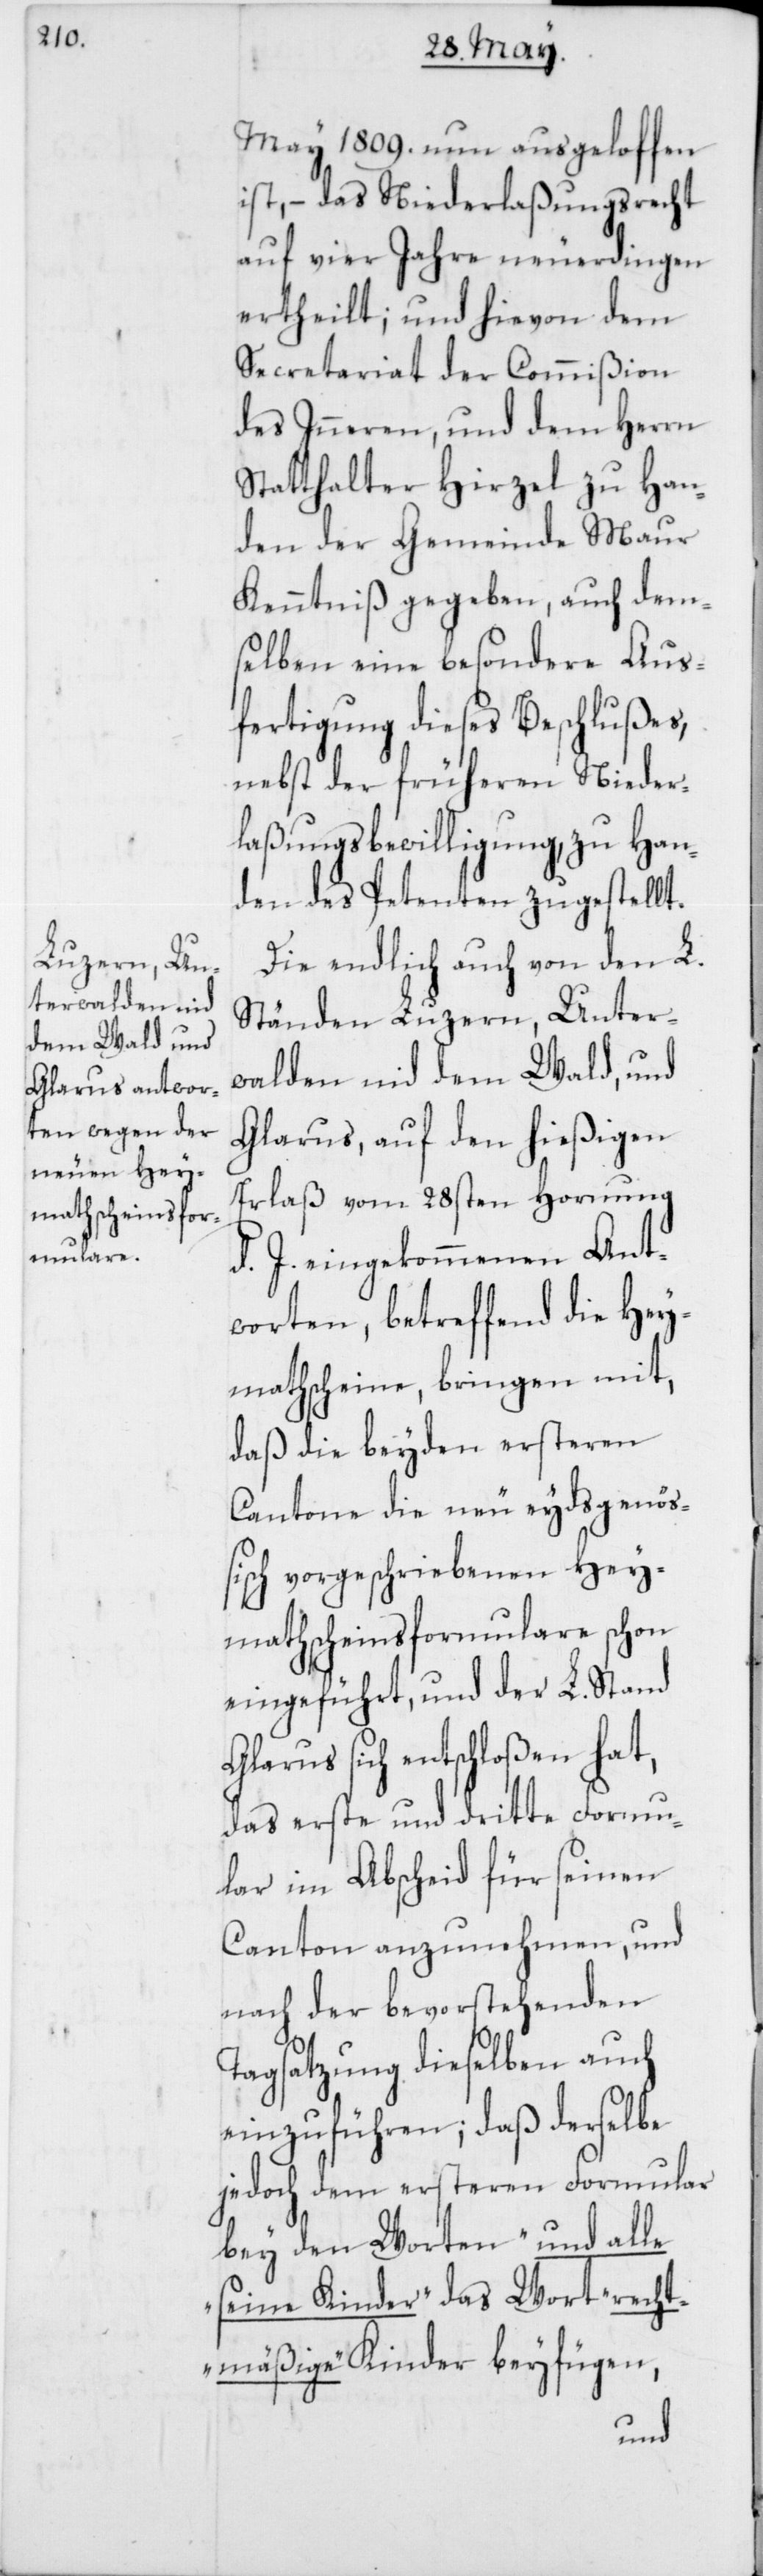
May 1809. nun ausgeloffen
ist, – das Niederlaßungsrecht
auf vier Jahre neuerdingen
ertheilt; und hievon dem
Secretariat der Commißion
des Inneren, und dem Herrn
Statthalter Hirzel zu Han¬
den der Gemeinde Maur
Kenntniß gegeben, auch dem¬
selben eine besondere Aus¬
fertigung dieses Beschlußes,
nebst der früheren Nieder¬
laßungsbewilligung, zu Han¬
den des Petenten zugestellt.
Die endlich auch von den L.
Ständen Luzern, Unter¬
walden nid dem Wald, und
Glarus, auf den hießigen
Erlaß vom 28sten Hornung
d. J. eingekommenen Ant¬
worten, betreffend die Hey¬
mathscheine, bringen mit,
daß die beyden ersteren
Cantone die neu eydsgenö¬
ßisch vorgeschriebenen Hey¬
mathscheinsformulare schon
eingeführt, und der L. Stand
Glarus sich entschloßen hat,
das erste und dritte Formu¬
lar im Abscheid für seinen
Canton anzunehmen, und
nach der bevorstehenden
Tagsatzung dieselben auch
einzuführen; daß derselbe
jedoch dem ersteren Formular
bey den Worten „und alle
seine Kinder“ das Wort „recht¬
mäßige“ Kinder beyfügen,